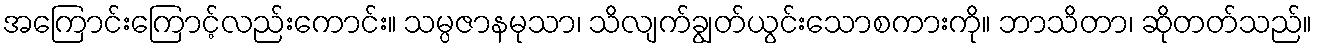
အကြောင်းကြောင့်လည်းကောင်း။ သမ္ပဇာနမုသာ၊ သိလျက်ချွတ်ယွင်းသောစကားကို။ ဘာသိတာ၊ ဆိုတတ်သည်။